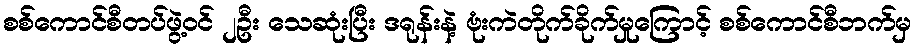
စစ်ကောင်စီတပ်ဖွဲ့ဝင် ၂ဦး သေဆုံးပြီး ဒရုန်းနဲ့ ဗုံးကဲတိုက်ခိုက်မှုကြောင့် စစ်ကောင်စီဘက်မှ